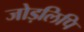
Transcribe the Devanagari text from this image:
जोड़लिपि